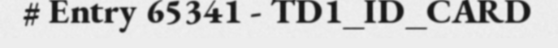
# Entry 65341 - TD1_ID_CARD